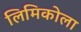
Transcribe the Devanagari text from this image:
लिमिकोला